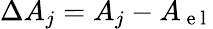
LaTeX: \Delta A_{j}=A_{j}-A_{\mathrm{~e~l~}}